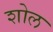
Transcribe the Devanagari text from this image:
शोल